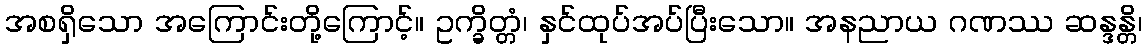
အစရှိသော အကြောင်းတို့ကြောင့်။ ဥက္ခိတ္တံ၊ နှင်ထုပ်အပ်ပြီးသော။ အနညာယ ဂဏဿ ဆန္ဒန္တိ၊